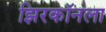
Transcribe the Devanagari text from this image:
झिरकॉनला